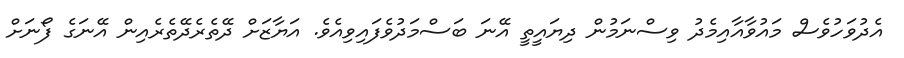
އެދުވަހުވެސް މައުވާއާއިމެދު ވިސްނަމުން ދިޔައީތީ އޭނަ ބަސްމަދުވެފައިވިއެވެ. އަޔާޒަށް ދޭތެރެދޭތެރެއިން އޭނަގެ ފޯނަށް